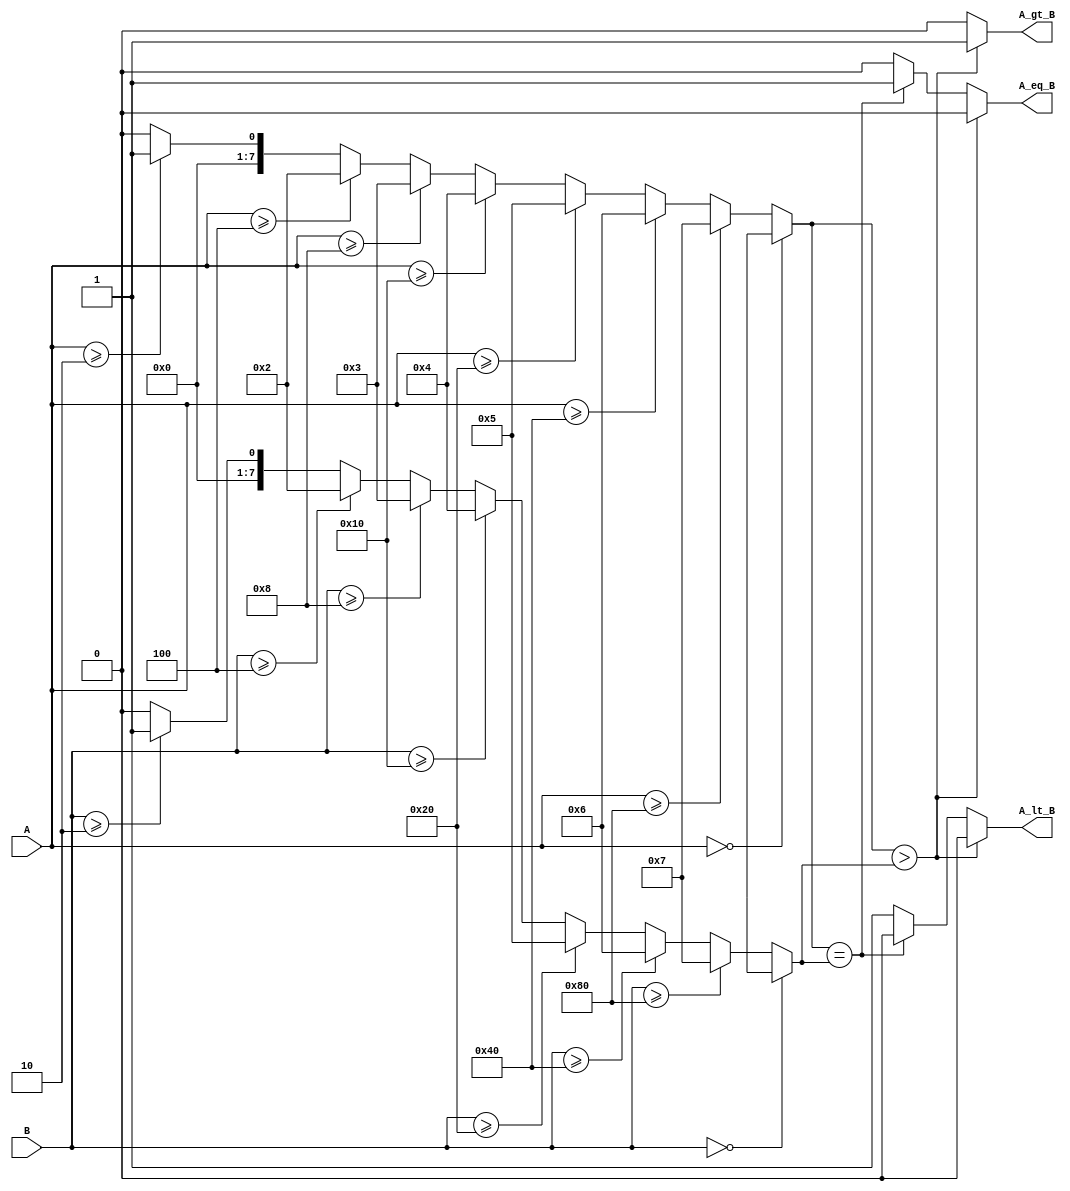
module LogarithmicComparator #(
    parameter N = 8 // Bit-width of inputs A and B
)(
    input  [N-1:0] A,
    input  [N-1:0] B,
    output reg A_gt_B,
    output reg A_eq_B,
    output reg A_lt_B
);

    // Function to approximate log2 using a simple method
    // For a real implementation, a logarithmic lookup table or more sophisticated method should be used
    function [N-1:0] log2_approx;
        input [N-1:0] value;
        integer i;
        begin
            if (value == 0) begin
                log2_approx = {N{1'bx}}; // Undefined for log(0)
            end else begin
                log2_approx = 0;
                for (i = 0; i < N; i = i + 1) begin
                    if (value >= (1 << i)) begin
                        log2_approx = i;
                    end
                end
            end
        end
    endfunction

    wire [N-1:0] log_A;
    wire [N-1:0] log_B;

    // Calculate the logarithmic values
    assign log_A = log2_approx(A);
    assign log_B = log2_approx(B);

    always @(*) begin
        // Initialize outputs
        A_gt_B = 1'b0;
        A_eq_B = 1'b0;
        A_lt_B = 1'b0;

        // Compare the logarithmic values
        if (log_A > log_B) begin
            A_gt_B = 1'b1;
        end else if (log_A == log_B) begin
            A_eq_B = 1'b1;
        end else begin
            A_lt_B = 1'b1;
        end
    end

endmodule